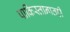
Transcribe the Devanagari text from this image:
पाकिस्तानातही